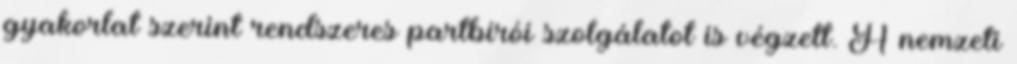
gyakorlat szerint rendszeres partbírói szolgálatot is végzett. A nemzeti